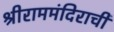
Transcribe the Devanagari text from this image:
श्रीराममंदिराची